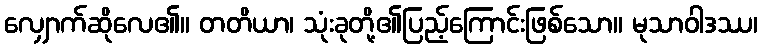
လျှောက်ဆိုလေ၏။ တတိယာ၊ သုံးခုတို့၏ပြည့်ကြောင်းဖြစ်သော။ မုသာဝါဒဿ၊